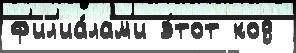
ф'ил'иа́лам'и э́тот код